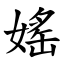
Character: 媱